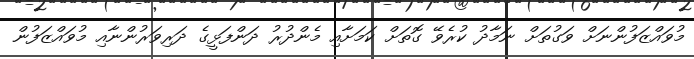
މުވައްޒަފުންނަށް ވަގުތަށް ނަމާދު ކުރެވޭ ގޮތަށް ކަމަށާއި މެންދުރު ދަންފަޅީގެ ދަރިވަރުންނާއި މުވައްޒަފުން